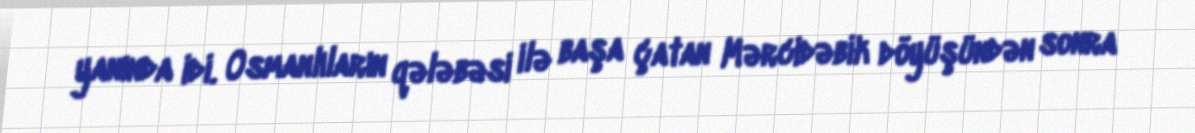
yanında idi. Osmanlıların qələbəsi ilə başa çatan Mərcidəbik döyüşündən sonra